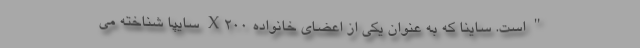
" است. ساینا که به عنوان یکی از اعضای خانواده X200 سایپا شناخته می